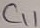
Text: C11